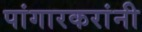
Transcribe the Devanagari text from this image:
पांगारकरांनी